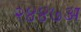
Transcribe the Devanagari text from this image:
२४४७अ